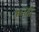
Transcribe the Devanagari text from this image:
मतही